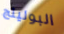
البولينج